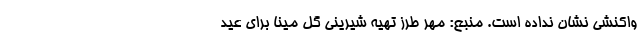
واکنشی نشان نداده است. منبع: مهر طرز تهیه شیرینی گل مینا برای عید